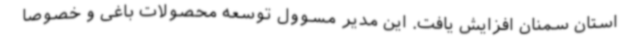
استان سمنان افزایش یافت. این مدیر مسوول توسعه محصولات باغی و خصوصا